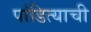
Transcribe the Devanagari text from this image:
पांडित्याची